Sketch of the medical history of the native army of Bombay, for the year
Year: 1876
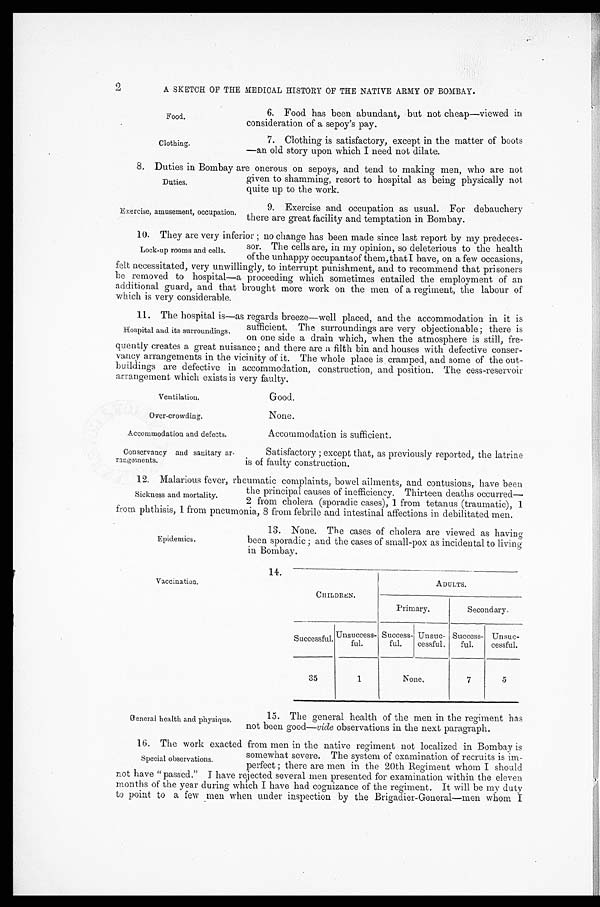
CHILDREN.
ADULTS.
Primary.
Secondary.
Successful..
Unsuccess-
ful.
Success-
ful.
Unsuc-
cessful.
Success-
ful.
Unsuc-
cessful.
35
1
None,
7
5
14.
Vaccination.
2
A SKETCH OF THE MEDICAL HISTORY OF THE NATIVE ARMY OF BOMBAY.
6. Food has been abundant, but not cheap—viewed in
consideration of a sepoy's pay.
Food.
Clothing.
7. Clothing is satisfactory, except in the matter of boots
—an old story upon which I need not dilate.
8. Duties in Bombay are onerous on sepoys, and tend to making men, who are not
given to shamming, resort to hospital as being physically not
quite up to the work.
Duties.
Exercise, amusement, occupation.
9. Exercise and occupation as usual. For debauchery
there are great facility and temptation in Bombay.
10. They are very inferior ; no change has been made since last report by my predeces-
Lock-up rooms and cells.
sor. The cells are, in my opinion, so deleterious to the health
of the unhappy occupants of them. that I have. on a few occasions,
felt necessitated, very unwillingly, to interrupt punishment, and to recommend that prisoners
be removed to hospital—a proceeding which sometimes entailed the employment of an
additional guard, and that brought more work on the men of a regiment, the labour of
which is very considerable.
11. The hospital is—as regards breeze—well placed, and the accommodation in it is
Hospital and its surroundings.
sufficient. The surroundings are very objectionable ; there is
on one side a drain which, when the atmosphere is still, fre-
quently creates a great nuisance ; and there are a filth bin and houses with defective conser-
vancy arrangements in the vicinity of it. The whole place is cramped, and some of the out-
buildings are defective in accommodation, construction, and position. The cess-reservoir
arrangement which exists is very faulty.
Ventilation,
Over-crowding.
Accommodation and defects.
Conservancy and sanitary ar-
rangements.
Good.
None.
Accommodation is sufficient.
Satisfactory ; except that, as previously reported, the latrine
is of faulty construction.
12. Malarious fever, rheumatic complaints, bowel ailments, and contusions. have been
the principal causes of inefficiency. Thirteen deaths occurred-
2 from cholera (sporadic cases), 1 from tetanus (traumatic). 1
Sickness and mortality.
from phthisis, 1 from pneumonia, 8 from febrile and intestinal affections in debilitated men.
Epidemics.
13. None. The cases of cholera arc viewed as having
been sporadic ; and the cases of small-pox as incidental to living
in Bombay.
G eneral health and physique.
15. The general health of the men in the regiment has
not been good— vide observations in the next paragraph.
16. The work exacted from men in the native regiment not localized in Bombay is
Special observations.
somewhat severe. The system of examination of recruits is im-
perfect ; there are men in the 20th Regiment whom I should
not have " passed." I have rejected several men presented for examination within the eleven
months of the year during which I have had cognizance of the regiment. It will be my duty
to point to a few men when under inspection by the Brigadier-General—men whom I